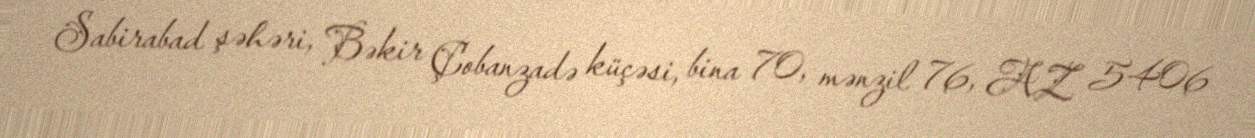
Sabirabad şəhəri, Bəkir Çobanzadə küçəsi, bina 70, mənzil 76, AZ 5406